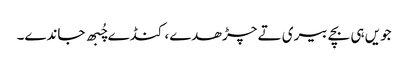
جویں ہی بچے بیری تے چڑھدے، کنڈے چُبھ جاندے۔